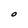
Character: O